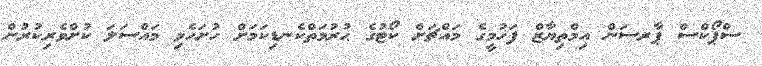
ސްޕޯކްސް ޕާރސަން އިމްތިޔާޒް ފަހުމީގެ މައްޗަށް ކޯޓުގެ ޙުރުމަތްކެނޑިކަމަށް ހުށަހެޅި މައްސަލަ ކުށްވެރިކުރުން